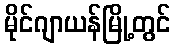
မိုင်ဂျာယန်မြို့တွင်